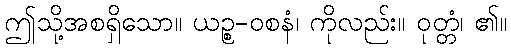
ဤသို့အစရှိသော။ ယဉ္စ-ဝစနံ၊ ကိုလည်း။ ဝုတ္တံ၊ ၏။